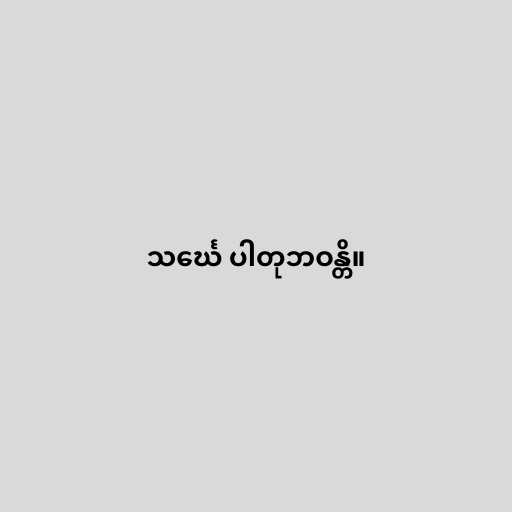
သင်္ဃေ ပါတုဘဝန္တိ။